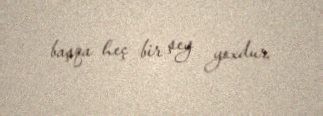
başqa heç bir şey yoxdur.